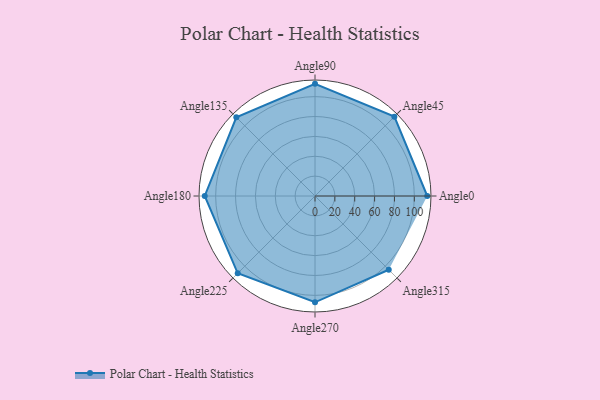
{"axis": {"x": "Angle", "y": "Radius"}, "legend": [""], "data": [{"x": "Angle0", "y": 113.0, "type": ""}, {"x": "Angle45", "y": 113.0, "type": ""}, {"x": "Angle90", "y": 113.0, "type": ""}, {"x": "Angle135", "y": 112.0, "type": ""}, {"x": "Angle180", "y": 111.0, "type": ""}, {"x": "Angle225", "y": 110.0, "type": ""}, {"x": "Angle270", "y": 107.0, "type": ""}, {"x": "Angle315", "y": 105.0, "type": ""}]}